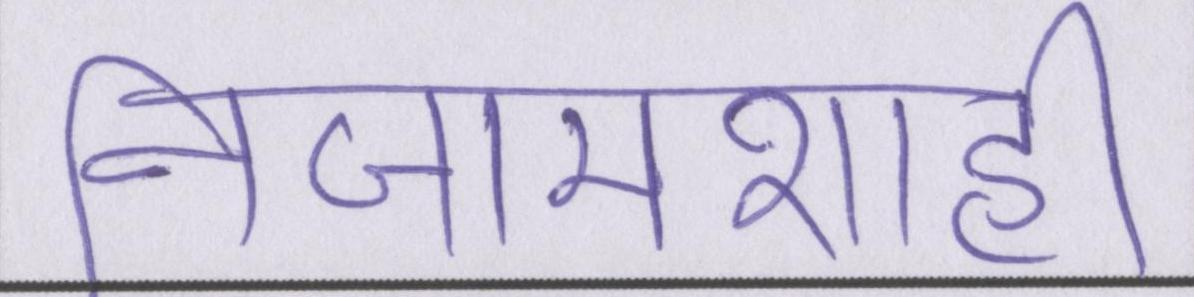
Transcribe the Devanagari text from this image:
निजामशाही